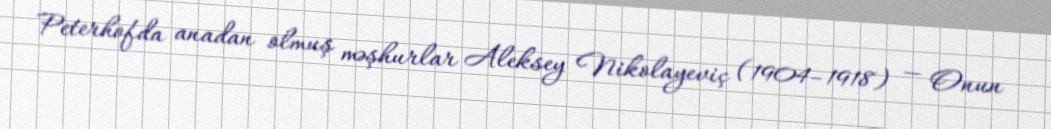
Peterhofda anadan olmuş məşhurlar Aleksey Nikolayeviç (1904–1918) — Onun